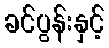
ခင်ပွန်းနှင့်